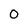
Character: O